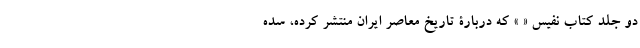
دو جلد کتاب نفیس « » که دربارۀ تاریخ معاصر ایران منتشر کرده‌، سده